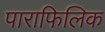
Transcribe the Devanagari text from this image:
पाराफिलिक